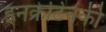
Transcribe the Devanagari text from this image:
इनक्रेटिनकी